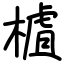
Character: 樝